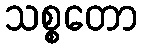
သစ္စတော